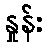
နှုန်း